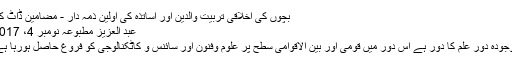
بچوں کی اخلاقی تربیت والدین اور اساتذہ کی اولین ذمہ دار - مضامین ڈاٹ کام
عبد العزیز مطبوعہ نومبر 4، 2017
موجودہ دور علم کا دور ہے اس دور میں قومی اور بین الاقوامی سطح پر علوم وفنون اور سائنس و کاٹکنالوجی کو فروغ حاصل ہورہا ہے۔